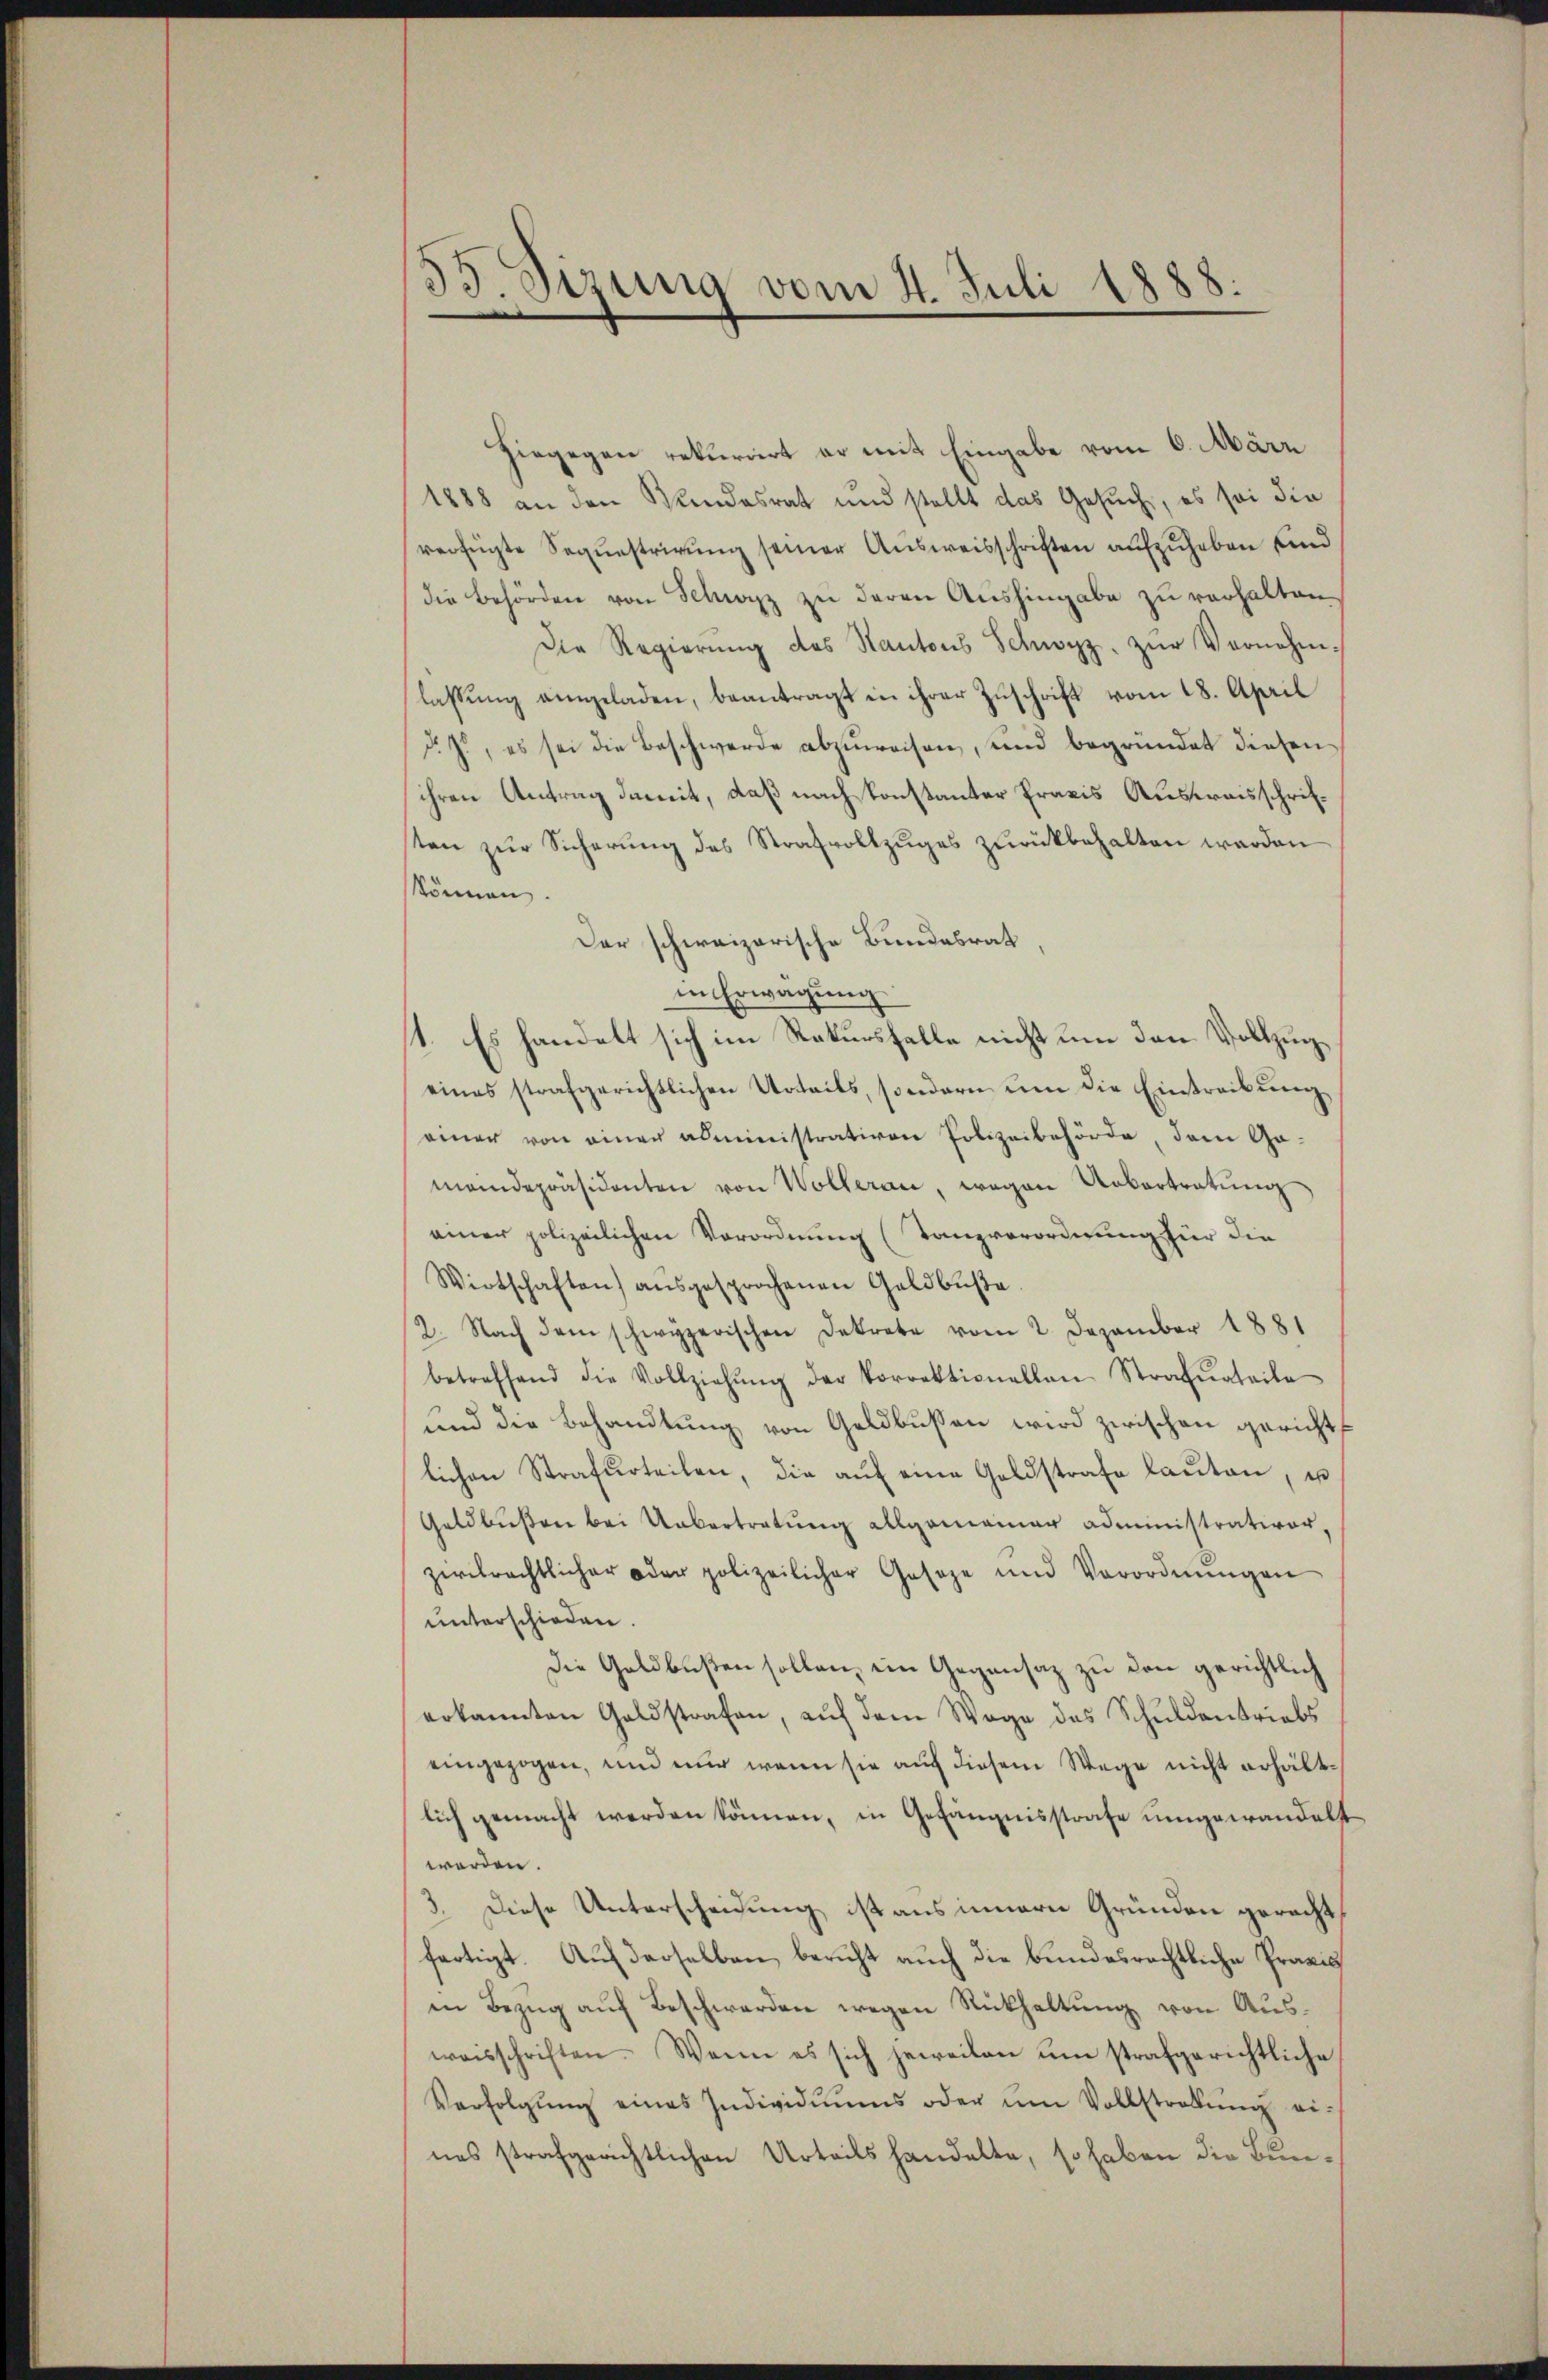
55 Sizung vom 4. Juli 1888.

Hiegegen rekurrirt er mit Eingabe vom 6. März
1888 an den Kundesrat und stellt das Gesŭch, es sei die
verfügte Sequestrirŭng seiner Aŭsweisschriften aufzuheben sind
die Behörden von Schwyz zu deren Aushingabe zu verhalten¬
Die Regierŭng des Kantons Schwyz. zŭr Vernehm-
lassŭng eingeladen, beantragt in ihrer Zuschrift vom 18. April
d. J., es sei die Beschwerde abzuweisen, und begründet diesen
ihren Antrag damit, daß nach konstanter Praxis Ausweisschrifsten zur Sicherung des Strafvollzuges zurückbehalten werden
können.
Der schweizerische Bundesrat
in Erwägung
1. Es handelt sich im Rekursfalle nicht um den Vollzugeines strafgerichtlichen Urteils, sondern um die Eintreibung
einer von einer administrativen Polizeibehörde, dem Ge-
meindepräsidenten von Wolleran, wegen Uebertretŭng
einer polizeilichen Verordnung (Tanzverordnung für die
Wirtschaften) aŭsgesprochenen Geldbŭβte.
2. Nach dem schwyzerischen Dekrete vom 2. Dezember 1881
betreffend die Vollziehŭng der Vorrektionellen Strafurteile
und die Behandlung von Geldbussen wird zwischen gericht
lichen Strafurteilen, die aŭf eine Geldstrafe laŭten, u
Geldbußen bei Uebertretung allgemeiner administrativer-
zivilrechtlicher oder polizeilicher Geseze und Verordnŭngen
unterschieden.
Die Goldbußen sollen, ein Gegensaz zu den gerichtlich
erkannten Geldstrafen, aŭf dem Wage des Schuldentriebs
eingezogen, und nur wenn sie auf diesem Wege nicht erhältlich gemacht werden können, in Gefängnisstrafe umgewandelt
werden.
3. Diese Unterscheidung ist aus innern Gründen gerecht
fertigt. Auf derselben bericht auch die bundesrechtliche Praxis
in Bezŭg aŭf Beschwerden wegen Rückhaltŭng von Ausweisschriften. Wenn es sich jeweilen ŭm strafgerichtliche
Verfolgŭng eines Individiŭms oder ŭm Vollstrabŭng ei-
nes strafgerichtlichen Urteils handelte, so haben die Bun¬